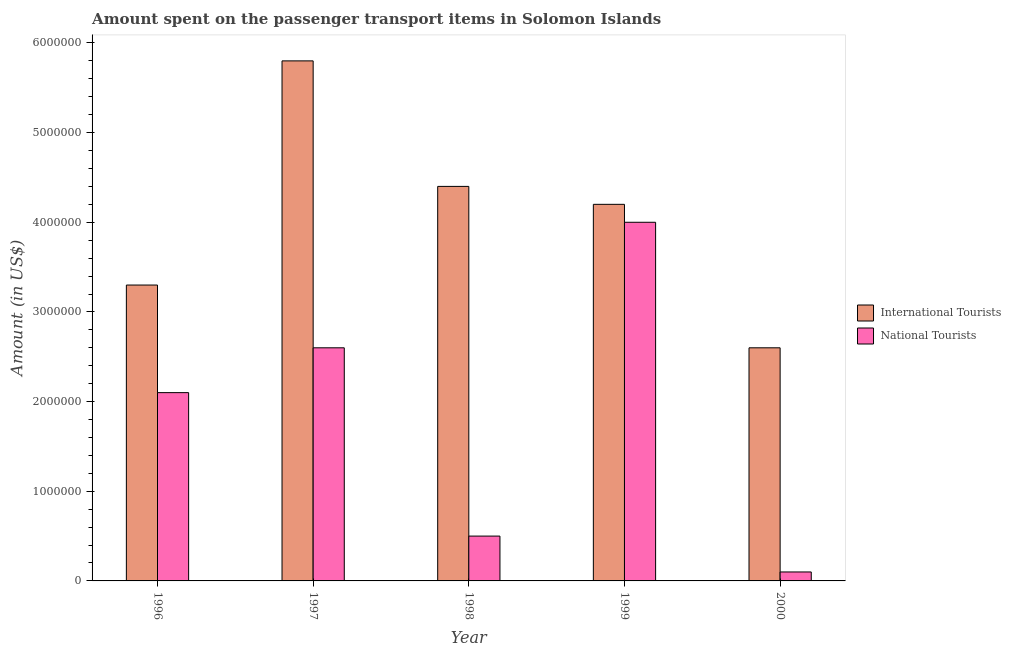
| Year | International Tourists | National Tourists |
 | --- | --- | --- |
 | 1996 | 3.3e+06 | 2.1e+06 |
 | 1997 | 5.8e+06 | 2.6e+06 |
 | 1998 | 4.4e+06 | 5e+05 |
 | 1999 | 4.2e+06 | 4e+06 |
 | 2000 | 2.6e+06 | 1e+05 |